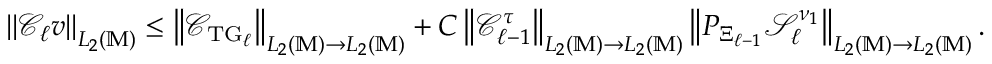
\begin{array} { r } { \left\| \mathcal { C } _ { \ell } v \right\| _ { L _ { 2 } ( \mathbb { M } ) } \le \left\| \mathcal { C } _ { \mathrm { T G } _ { \ell } } \right\| _ { L _ { 2 } ( \mathbb { M } ) \to L _ { 2 } ( \mathbb { M } ) } + C \left\| \mathcal { C } _ { \ell - 1 } ^ { \tau } \right\| _ { L _ { 2 } ( \mathbb { M } ) \to L _ { 2 } ( \mathbb { M } ) } \left\| P _ { \Xi _ { \ell - 1 } } \mathcal { S } _ { \ell } ^ { \nu _ { 1 } } \right\| _ { L _ { 2 } ( \mathbb { M } ) \to L _ { 2 } ( \mathbb { M } ) } . } \end{array}